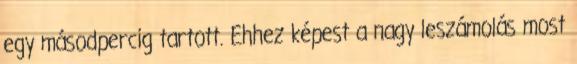
egy másodpercig tartott. Ehhez képest a nagy leszámolás most